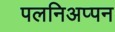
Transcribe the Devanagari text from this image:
पलनिअप्पन